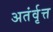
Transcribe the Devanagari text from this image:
अतंर्वृत्त